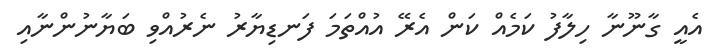
އެއީ ގާނޫނާ ހިލާފު ކަމެއް ކަން އެރޭ އުއްތަމަ ފަނޑިޔާރު ނެރުއްވި ބަޔާނުންނާއި